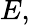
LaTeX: E,